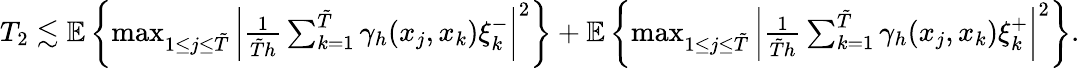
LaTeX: \begin{array}{r}{T_{2}\lesssim\mathbb{E}\left\{ \operatorname*{max}_{1\leq j\leq\tilde{T}}\left|\frac{1}{\tilde{T}h}\sum_{k=1}^{\tilde{T}}\gamma_{h}(x_{j},x_{k})\xi_{k}^{-}\right|^{2}\right\} +\mathbb{E}\left\{ \operatorname*{max}_{1\leq j\leq\tilde{T}}\left|\frac{1}{\tilde{T}h}\sum_{k=1}^{\tilde{T}}\gamma_{h}(x_{j},x_{k})\xi_{k}^{+}\right|^{2}\right\} .}\end{array}